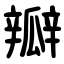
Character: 瓣